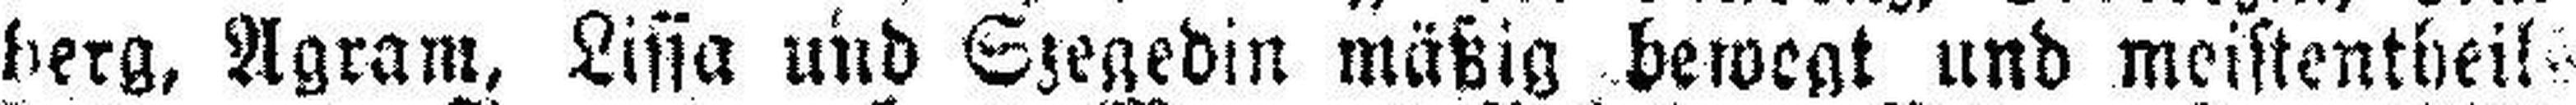
berg, Agram, Lissa und Szegedin mäßig bewegt und meistentheil¬